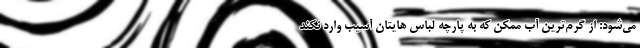
می‌شود: از گرم‌ترین آب ممکن که به پارچه لباس هایتان آسیب وارد نکند